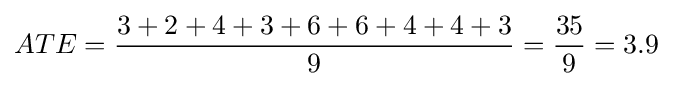
ATE={\frac {3+2+4+3+6+6+4+4+3}{9}}={\frac {35}{9}}=3.9